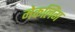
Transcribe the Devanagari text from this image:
मेकलिंग